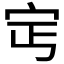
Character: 𡧎